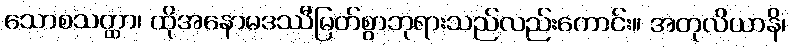
သောစသတ္ထာ၊ ထိုအနောမဒဿီမြတ်စွာဘုရားသည်လည်းကောင်း။ အတုလိယာနိ၊